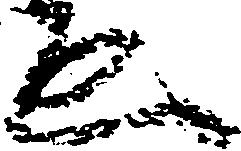
ゑ